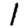
Digit: 1